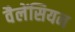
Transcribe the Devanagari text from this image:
वैलेंसियन